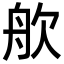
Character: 𬅣